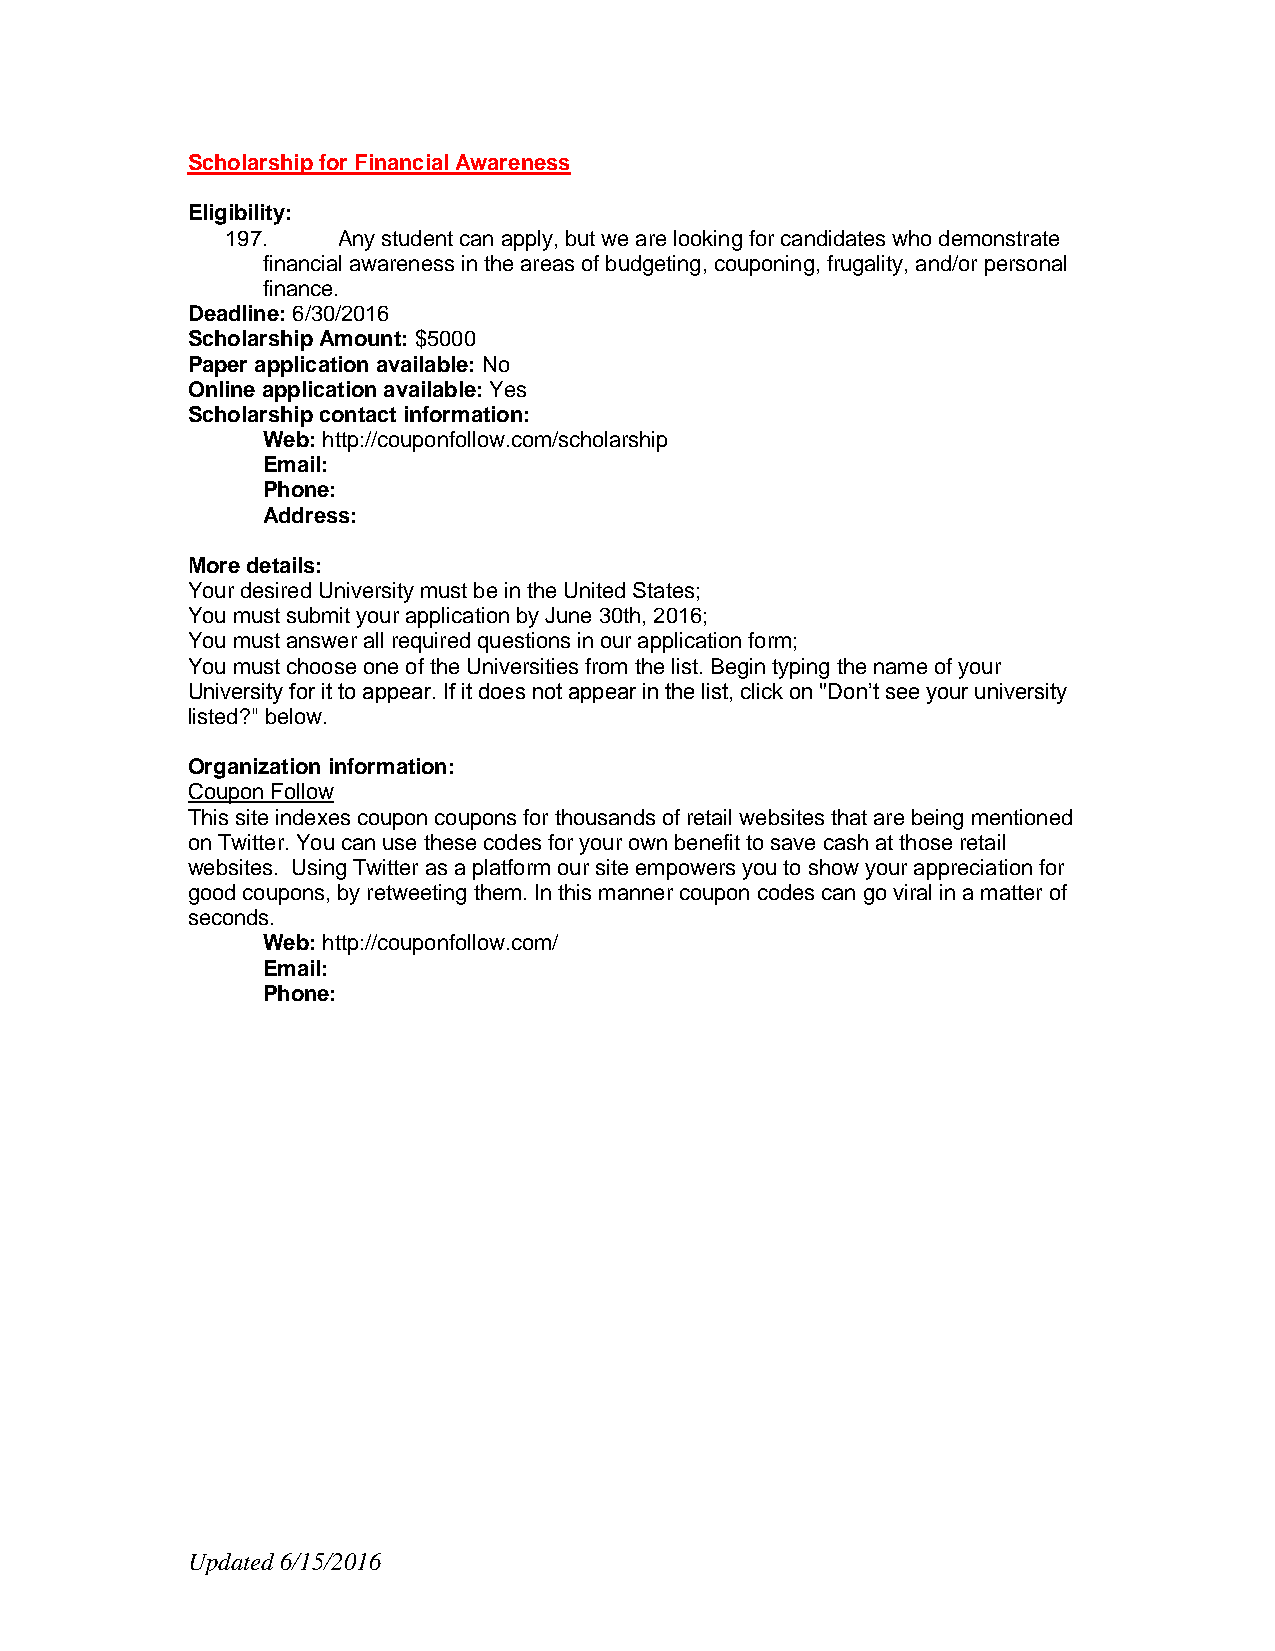
Scholarship for Financial Awareness
 Eligibility:
 197.   Any student can apply, but we are looking for candidates who demonstrate
 financial awareness in the areas of budgeting, couponing, frugality, and/or personal
 finance.
 Deadline: 6/30/2016
 Scholarship Amount: $5000
 Paper application available: No
 Online application available: Yes
 Scholarship contact information:
 Web: http://couponfollow.com/scholarship
 Email:
 Phone:
 Address:
 More details:
 Your desired University must be in the United States;
 You must submit your application by June 30th, 2016;
 You must answer all required questions in our application form;
 You must choose one of the Universities from the list. Begin typing the name of your
 University for it to appear. If it does not appear in the list, click on "Don’t see your university
 listed?" below.
 Organization information:
 Coupon Follow
 This site indexes coupon coupons for thousands of retail websites that are being mentioned
 on Twitter. You can use these codes for your own benefit to save cash at those retail
 websites. Using Twitter as a platform our site empowers you to show your appreciation for
 good coupons, by retweeting them. In this manner coupon codes can go viral in a matter of
 seconds.
 Web: http://couponfollow.com/
 Email:
 Phone:
 Updated 6/15/2016